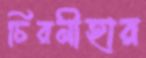
চিরনীহার